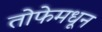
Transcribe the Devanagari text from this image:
तोफेमधून